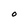
Character: O